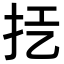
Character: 𢪞